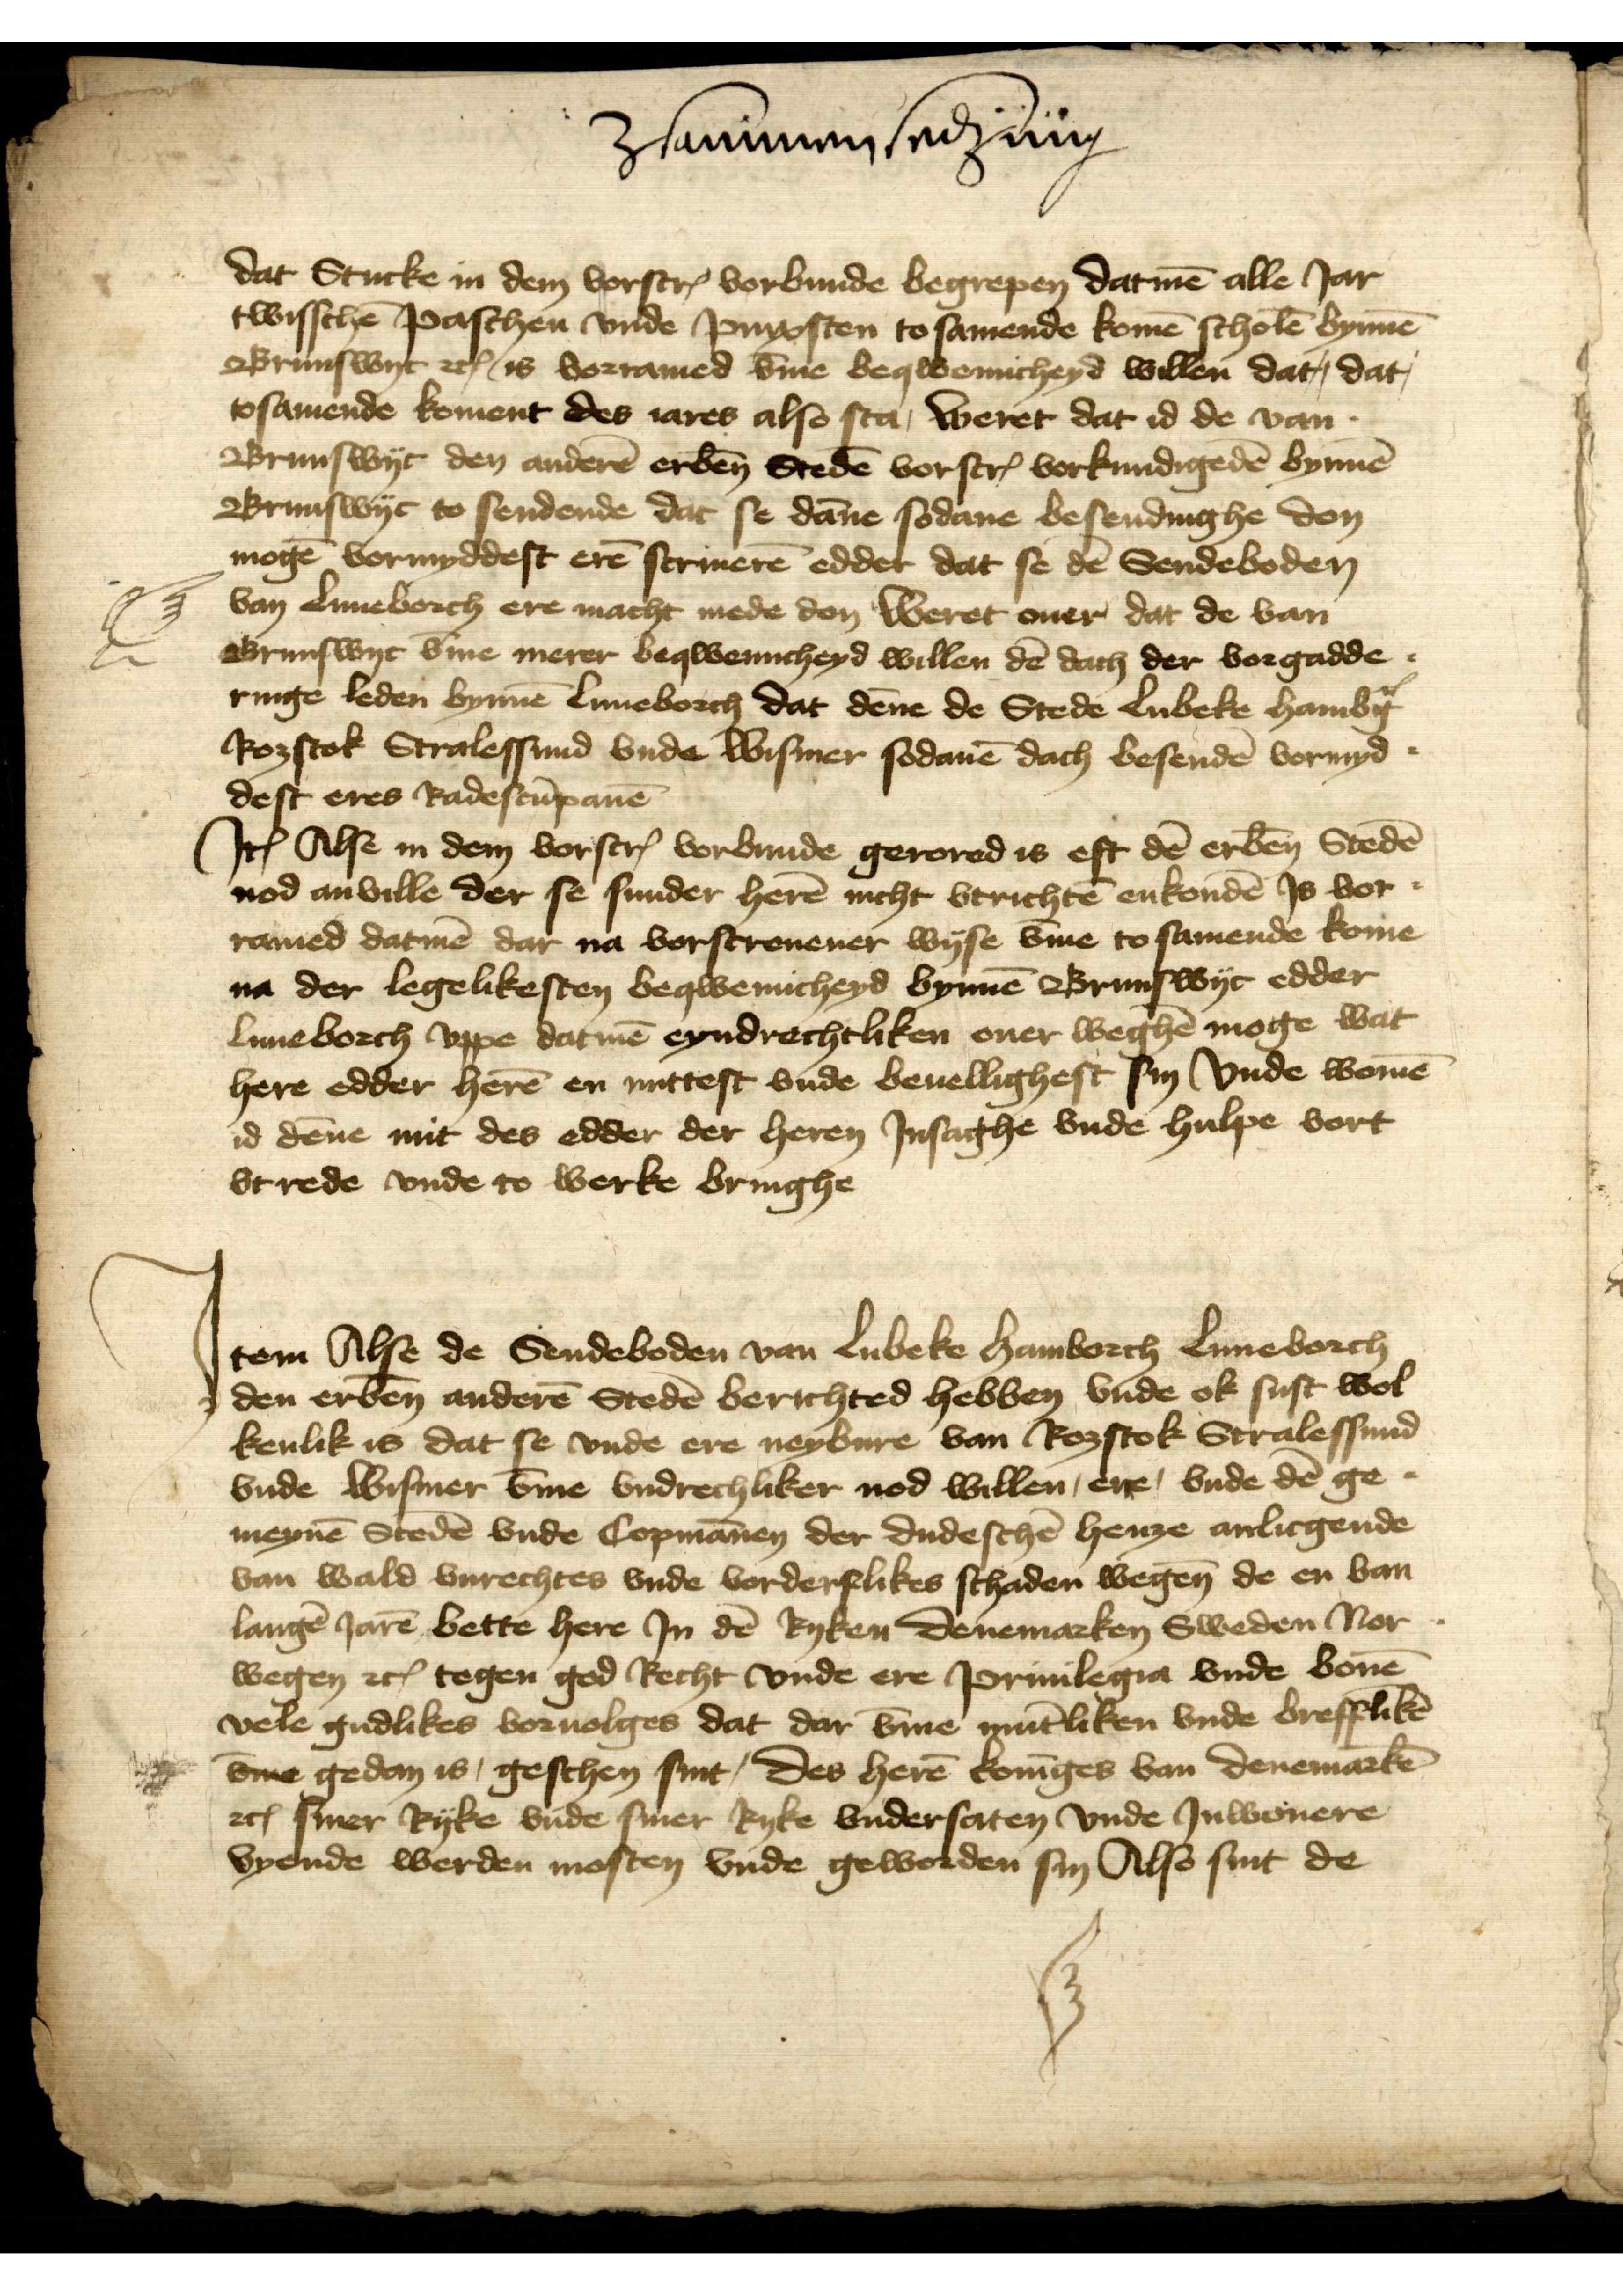
Zsammensedzung

Dat Stucke in dem vorscreuen vorbunde begrepen datmen alle Jar
twisschen Paschen vnde Pinxsten tosamende komen scholen bynnen
Brunswyc etcetera is vorramed vmme beqwemicheyd willen dat, dat,
tosamende koment des iares also sta, weret dat id de van
Brunswyc den anderen erbenomden Steden vorscreuen vorkundigeden bynnen
Brunswyc to sendende dat se danne sodane besendinghe don
mogen vormyddest eren scriueren edder dat se de Sendeboden
van Luneborch ere macht mede don Weret ouer dat de van
Brunswyc vmme merer beqwemicheyd willen de dach der vorgadde¬
ringe leden bynnen Luneborch dat denne de Stede Lubeke Hamburg
Rozstok Stralessund vnde Wismer sodanen dach besenden vormyd¬ 
dest eres Radescumpanen

Jtem Alse in dem vorscreuen vorbunde gerored is eft den erbenomden Steden
nod anville der se sunder heren nicht vtrichten enkonden Js vor¬
ramed datmen dar na vorscreuener wyse vmme to samende kome
na der legelikesten beqwemicheyd bynnen Brunswyc edder
Luneborch vppe datmen eyndrechtliken ouer weghen moge wat
here edder heren en nuttest vnde beuellighest sin vnde women
id denne mit des edder der heren Jnsaghe vnde hulpe vort
vt rede vnde to Werke bringhe

Jtem Alse de Sendeboden van Lubeke Hamborch Luneborch
den erbenomden anderen Steden berichted hebben vude ok sust wol
kenlik is dat se vnde ere neybure van Rozstok Stalessund
vnde Wismer vmme vndrechliker nod willen, ere, vnde de ge¬
meynen Stede vnde Copmannen der dudeschen henze anlicgende
van wald vnrechtes vnde vorderflikes schaden wegene de en van
langen Jaren bette here Jn den Ryken Denemarken Sweden Nor¬
wegen etcetera tegen god Recht vnde ere Priuilegia vnde bouen
vele gudlikes voruolges dat dar vmme muntliken vnde breffliken
vmme gedan is geschen sint, des heren koninges van Denemarken
etcetera siner Ryke vnde siner Ryke vndersaten vnde Jnwonere
vyende werden mosten vnde geworden sin Also sint de

J